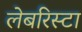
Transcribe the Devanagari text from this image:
लेबरिस्टा